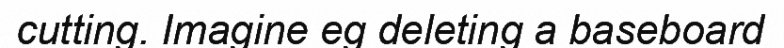
cutting. Imagine eg deleting a baseboard